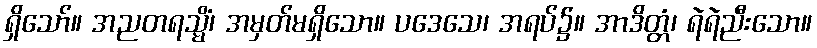
ရှိသော်။ အညတရသ္မိံ၊ အမှတ်မရှိသော။ ပဒေသေ၊ အရပ်၌။ အာဒိတ္တံ၊ ရဲရဲညီးသော။